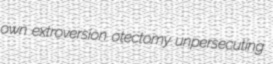
own extroversion otectomy unpersecuting